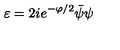
\varepsilon = 2 i e ^ { - \varphi / 2 } \bar { \psi } \psi